Sanitation, dispensaries and jails vaccination Rajputana 1922-1927 - 1922-1927
Year: 1922
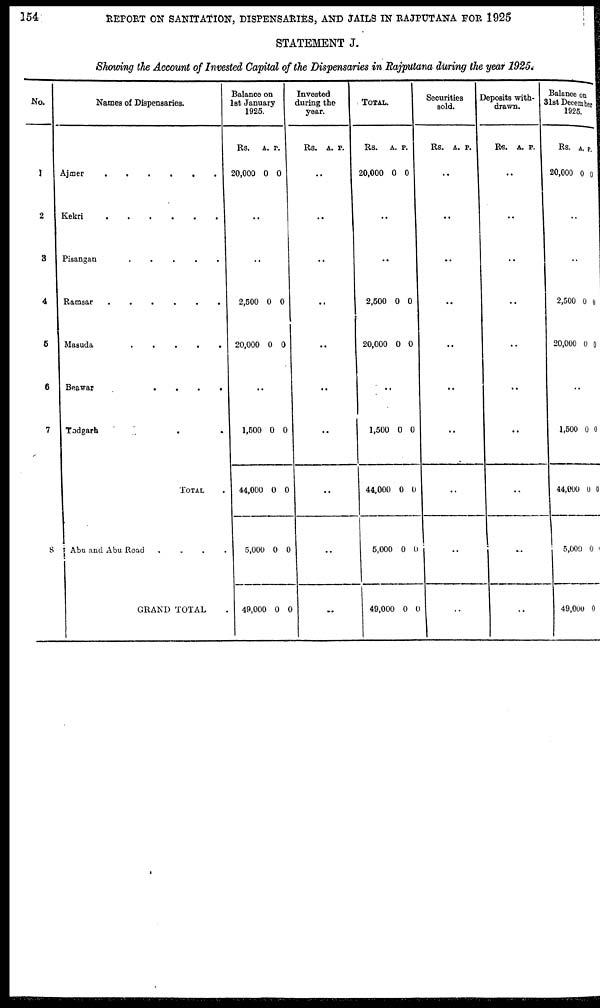
154
REPORT ON SANITATION, DISPENSARIES, AND JAILS IN RAJPUTANA FOR 1925
STATEMENT J.
Showing the Account of Invested Capital of the Dispensaries in Rajputana during the year 1925.
No.
1
2
3
4
5
6
7
8
Names of Dispensaries.
Ajmer
.
.
.
.
.
.
Kekri . . . . . .
Pisangan
.
.
.
.
.
Ramsar . . . . . .
Masuda
.
.
.
.
.
Beawar
.
.
.
.
Todgarh . .
TOTAL .
Abu and Abu Road
.
.
.
.
GRAND TOTAL .
Balance on
1st January
1925.
Rs.
20,000
A.
0
P.
0
..
..
2,500
20,000
0
0
0
0
..
1,500
44,000
5,000
49,000
0
0
0
0
0
0
0
0
Invested
during the
year.
Rs. A. P.
..
..
..
..
..
..
..
..
..
..
TOTAL.
Rs.
20,000
A.
0
P.
0
..
..
2,500
20,000
0
0
0
0
..
1,500
44,000
5,000
49,000
0
0
0
0
0
0
0
0
Securities
sold.
Rs. A. P.
..
..
..
..
..
..
..
..
..
..
Deposits with-
drawn.
Rs. A. P.
..
..
..
..
..
..
..
..
..
..
Balance on
31st December
1925.
Rs.
20,000
A.
0
P.
0
..
..
2,500
20,000
0
0
0
0
..
1,500
44,000
5,000
49,000
0
0
0
0
0
0
0
0